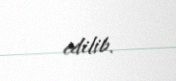
edilib.